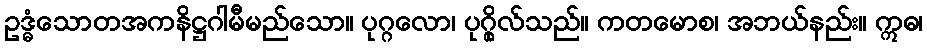
ဥဒ္ဓံသောတအကနိဋ္ဌဂါမီမည်သော။ ပုဂ္ဂလော၊ ပုဂ္ဂိုလ်သည်။ ကတမောစ၊ အဘယ်နည်း။ ဣဓ၊